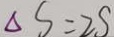
\Delta S = 2 S